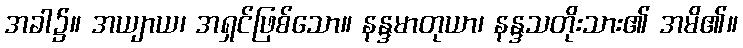
အခါ၌။ အယျာယ၊ အရှင်ဖြစ်သော။ နန္ဒမာတုယာ၊ နန္ဒသတိုးသား၏ အမိ၏။